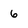
Character: 6